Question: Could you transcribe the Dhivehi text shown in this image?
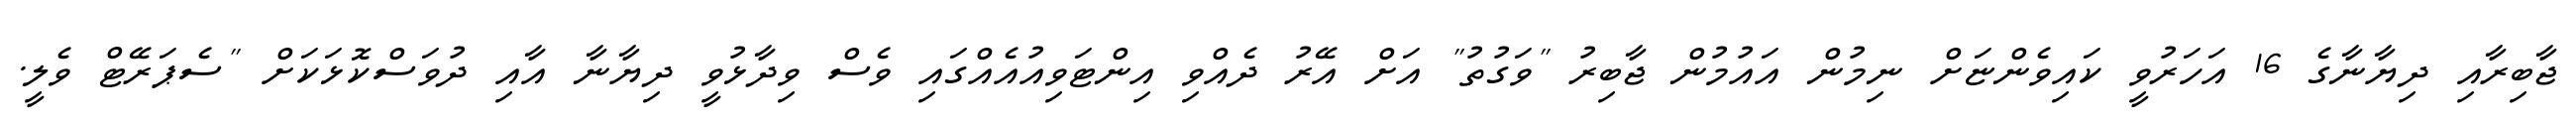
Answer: ޖާބިރާއި ދިޔާނާގެ 16 އަހަރުވީ ކައިވެންޏަށް ނިމުން އައުމުން ޖާބިރު "ވަގުތު" އަށް އޭރު ދެއްވި އިންޓަވިއުއެއްގައި ވެސް ވިދާޅުވީ ދިޔާނާ އާއި ދުވަސްކޮޅަކަށް "ސެޕަރޭޓް ވެލީ.